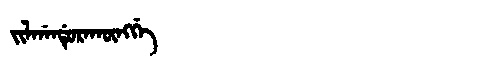
Manchu: ᠵᡳᠯᡤᠠᠨᡩᡠᡵᠠᡴᡡᠩᡤᡝ
Romanization: JILGANDURAKŪNGGE